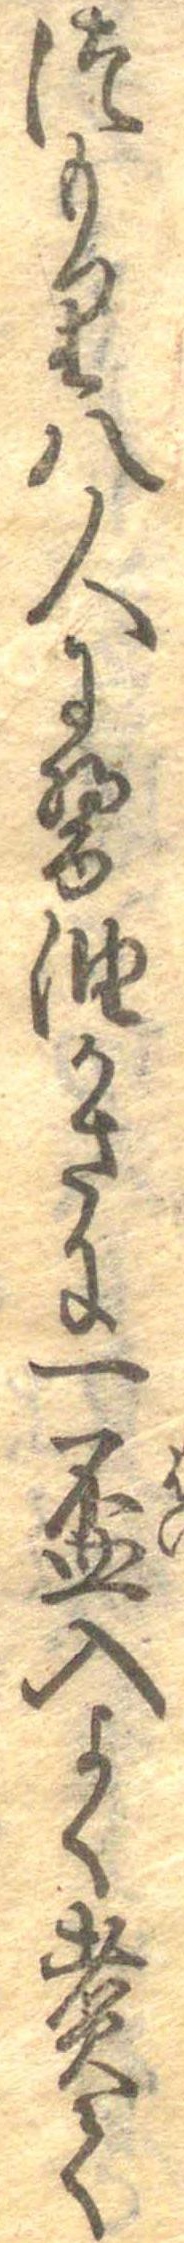
つもり八人に醤油かさに一杯入よく煮て